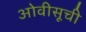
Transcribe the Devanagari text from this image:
ओवीसूची